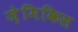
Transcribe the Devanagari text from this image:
ज़ेमिकिस